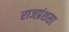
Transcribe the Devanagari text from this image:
राजप्रंशसा